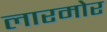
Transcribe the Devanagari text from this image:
लारमोर